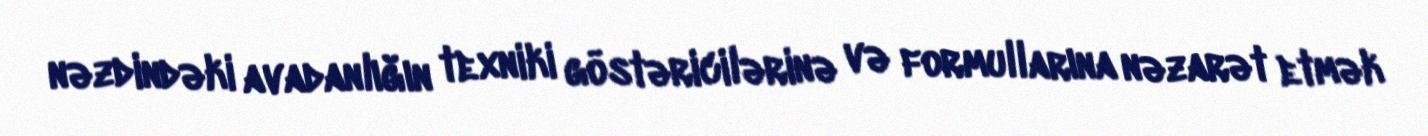
nəzdindəki avadanlığın texniki göstəricilərinə və formullarına nəzarət etmək